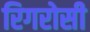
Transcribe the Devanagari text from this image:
रिगरोसी